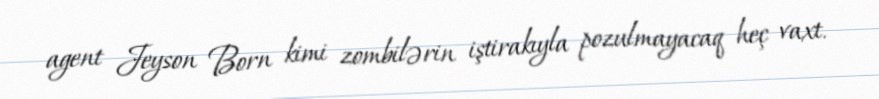
agent Jeyson Born kimi zombilərin iştirakıyla pozulmayacaq heç vaxt.